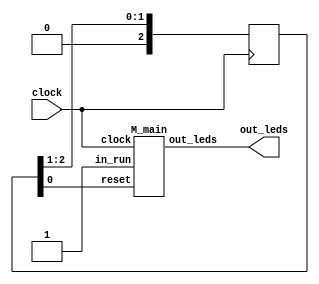
/*

Copyright 2019, (C) Sylvain Lefebvre and contributors
List contributors with: git shortlog -n -s -- <filename>

MIT license

Permission is hereby granted, free of charge, to any person obtaining a copy of
this software and associated documentation files (the "Software"), to deal in
the Software without restriction, including without limitation the rights to
use, copy, modify, merge, publish, distribute, sublicense, and/or sell copies of
the Software, and to permit persons to whom the Software is furnished to do so,
subject to the following conditions:

The above copyright notice and this permission notice shall be included in all
copies or substantial portions of the Software.

THE SOFTWARE IS PROVIDED "AS IS", WITHOUT WARRANTY OF ANY KIND, EXPRESS OR
IMPLIED, INCLUDING BUT NOT LIMITED TO THE WARRANTIES OF MERCHANTABILITY, FITNESS
FOR A PARTICULAR PURPOSE AND NONINFRINGEMENT. IN NO EVENT SHALL THE AUTHORS OR
COPYRIGHT HOLDERS BE LIABLE FOR ANY CLAIM, DAMAGES OR OTHER LIABILITY, WHETHER
IN AN ACTION OF CONTRACT, TORT OR OTHERWISE, ARISING FROM, OUT OF OR IN
CONNECTION WITH THE SOFTWARE OR THE USE OR OTHER DEALINGS IN THE SOFTWARE.

(header_2_M)

*/
`define BARE 1
`define COLOR_DEPTH       6


module top(
`ifdef VGA
  // VGA
  output out_video_clock,
  output reg [`COLOR_DEPTH-1:0] out_video_r,
  output reg [`COLOR_DEPTH-1:0] out_video_g,
  output reg [`COLOR_DEPTH-1:0] out_video_b,
  output out_video_hs,
  output out_video_vs,
`endif
  // basic
  output [7:0] out_leds,
  input        clock
);

reg [2:0] ready = 3'b111;

always @(posedge clock) begin
  ready <= ready >> 1;
end

wire run_main;
assign run_main = 1'b1;

M_main __main(
  .clock(clock),
  .reset(ready[0]),
  .out_leds(out_leds),
`ifdef VGA
  .out_video_clock(out_video_clock),
  .out_video_r(out_video_r),
  .out_video_g(out_video_g),
  .out_video_b(out_video_b),
  .out_video_hs(out_video_hs),
  .out_video_vs(out_video_vs),
`endif
  .in_run(run_main)
);

endmodule

module M_main (
out_leds,
in_run,
out_done,
reset,
out_clock,
clock
);
output  [7:0] out_leds;
input in_run;
output out_done;
input reset;
output out_clock;
input clock;
assign out_clock = clock;

reg  [7:0] _d_cnt;
reg  [7:0] _q_cnt;
reg  [7:0] _d_leds;
reg  [7:0] _q_leds;
reg  [1:0] _d_index,_q_index = 3;
reg  _autorun = 0;
assign out_leds = _q_leds;
assign out_done = (_q_index == 3) & _autorun;



`ifdef FORMAL
initial begin
assume(reset);
end
assume property($initstate || (out_done));
`endif
always @* begin
_d_cnt = _q_cnt;
_d_leds = _q_leds;
_d_index = _q_index;
// _always_pre
_d_leds = _q_cnt[(8)-(8)+:8];
(* full_case *)
case (_q_index)
0: begin
// _top
_d_index = 1;
end
1: begin
// __while__block_1
if (1) begin
// __block_2
// __block_4
_d_cnt = _q_cnt+1;
// __block_5
_d_index = 1;
end else begin
_d_index = 2;
end
end
2: begin
// __block_3
_d_index = 3;
end
3: begin // end of 
end
default: begin 
_d_index = {2{1'bx}};
`ifdef FORMAL
assume(0);
`endif
 end
endcase
// _always_post
end

always @(posedge clock) begin
_q_cnt <= (reset) ? 0 : _d_cnt;
_q_leds <= _d_leds;
_q_index <= reset ? 3 : ( ~_autorun ? 0 : _d_index);
_autorun <= reset ? 0 : 1;
end

endmodule